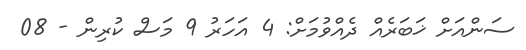
ސަންއަށް ޚަބަރެއް ދެއްވުމަށް: 4 އަހަރު 9 މަސް ކުރިން - 08